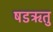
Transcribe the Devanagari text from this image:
षडऋतु